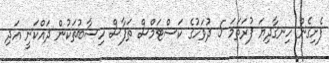
ފެށިގެން ހިނގާދިޔަ ފުރަތަމަ 5 ދުވަހުގެ ކަސްޓަމްސް ތަފާސް ހިސާބުތަކުން ދައްކަނީ އަދި